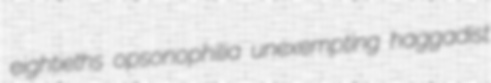
eightieths opsonophilia unexempting haggadist